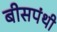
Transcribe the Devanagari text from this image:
बीसपंथी